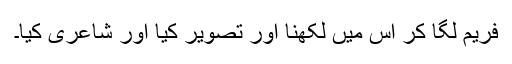
فریم لگا کر اس میں لکھنا اور تصویر کیا اور شاعری کیا۔